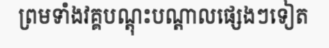
ព្រមទាំងវគ្គបណ្តុះបណ្តាលផ្សេងៗទៀត